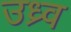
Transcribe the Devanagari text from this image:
उध्र्व